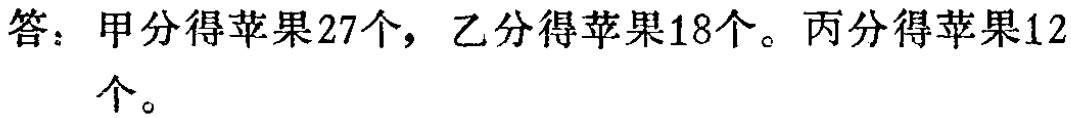
答：甲分得苹果27个，乙分得苹果18个。丙分得苹果12个。